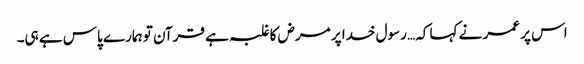
اس پر عمر نے کہا کہ… رسول خدا پر مرض کا غلبہ ہے قرآن تو ہمارے پاس ہے ہی۔